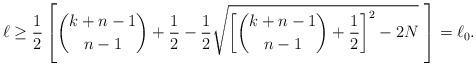
LaTeX: \begin{align*}\ell \ge \frac{1}{2} \left [ \binom{k+ n-1}{n-1} + \frac{1}{2} - \frac{1}{2} \sqrt{\left [ \binom{k + n-1}{n-1} + \frac{1}{2} \right ]^2 - 2 N} \ \right ] = \ell_0.\end{align*}